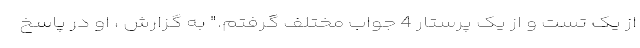
از یک تست و از یک پرستار 4 جواب مختلف گرفتم." به گزارش ، او در پاسخ